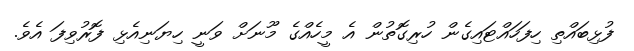
ފުޅިބައްތި ހިފަހައްޓައިގެން ހުރިގޮތުން އެ މީހެއްގެ މޫނަށް ވަނީ ހިޔަނިއެޅި ފޮރުވިފަ އެވެ.